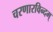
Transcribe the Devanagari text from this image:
चरणारविन्दम्